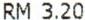
RM 3.20